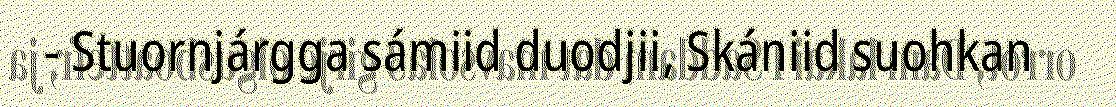
- Stuornjárgga sámiid duodjii, Skániid suohkan